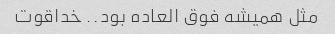
مثل همیشه فوق العاده بود.. خداقوت